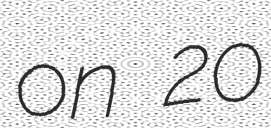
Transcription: on 20